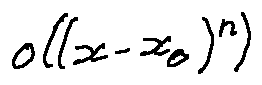
o ( ( x - x _ { 0 } ) ^ { n } )